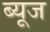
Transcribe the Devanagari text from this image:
ब्यूज